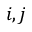
i , j